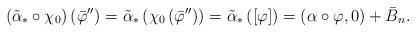
LaTeX: \begin{align*} \footnotesize\left(\tilde{\alpha}_* \circ \chi_0 \right) \left(\bar{\varphi}'' \right)=\tilde{\alpha}_* \left( \chi_0 \left(\bar{\varphi}'' \right) \right)=\tilde{\alpha}_* \left([\varphi] \right)=\left(\alpha \circ \varphi, 0 \right)+\bar{B}_n.\end{align*}